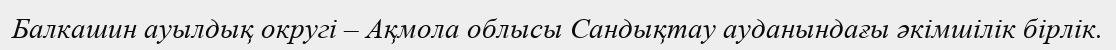
Балкашин ауылдық округі – Ақмола облысы Сандықтау ауданындағы әкімшілік бірлік.